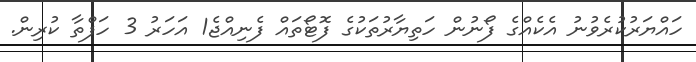
ހައްޔަރުކުރެވުނު އެކެއްގެ ފޯނުން ހަތިޔާރުތަކުގެ ފޮޓޯތައް ފެނިއްޖެ1 އަހަރު 3 ހަފްތާ ކުރިން.